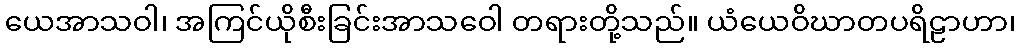
ယေအာသဝါ၊ အကြင်ယိုစီးခြင်းအာသဝေါ တရားတို့သည်။ ယံယေဝိဃာတပရိဠာဟာ၊